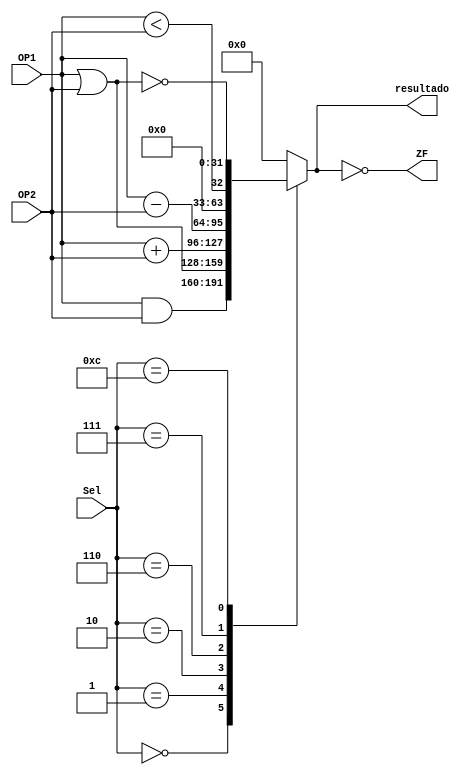
module ALU (
    input [31:0]OP1,
    input [31:0]OP2,
    input [3:0]Sel,
    output ZF,
    output reg[31:0]resultado
);
    
always @(*) begin
    case (Sel)
        4'b0000:
        resultado = OP1 & OP2;
        4'b0001:
        resultado = OP1 | OP2;
        4'b0010:
        resultado = OP1 + OP2;
        4'b0110:
        resultado = OP1 - OP2;
        4'b0111:
        resultado = (OP1 < OP2);
        4'b1100:
        resultado = ~(OP1 | OP2);
        default:
        resultado = 32'd0;
    endcase
end

assign ZF = (resultado == 0);

endmodule